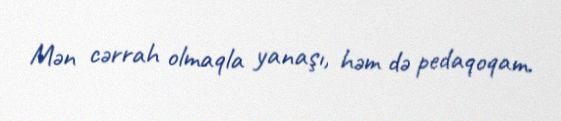
Mən cərrah olmaqla yanaşı, həm də pedaqoqam.